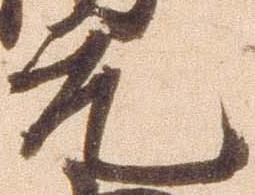
元